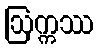
ဩက္ကဿ